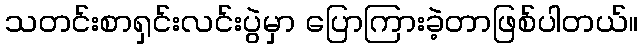
သတင်းစာရှင်းလင်းပွဲမှာ ပြောကြားခဲ့တာဖြစ်ပါတယ်။